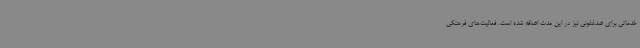
خدماتی برای ضدغفونی نیز در این مدت اضافه شده است. فعالیت‌های فرهنگی